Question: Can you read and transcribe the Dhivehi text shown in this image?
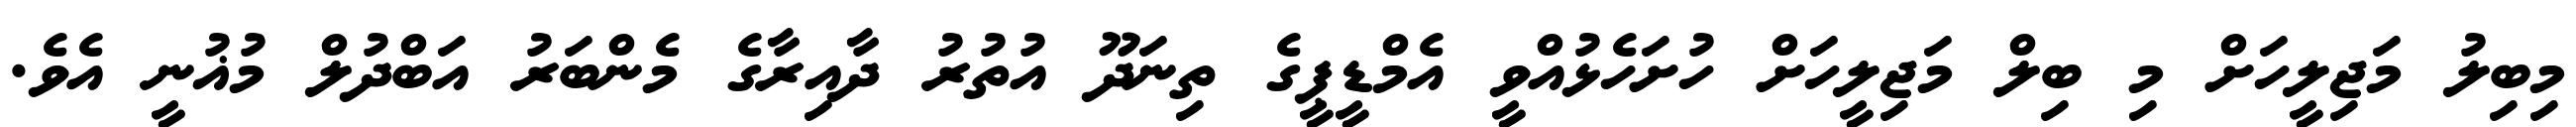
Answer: މިބިލު މަޖިލީހަށް މި ބިލް މަޖިލީހަށް ހުށަހެޅުއްވީ އެމްޑީޕީގެ ތިނަދޫ އުތުރު ދާއިރާގެ މެންބަރު އަބްދުލް މުޣުނީ އެވެ.